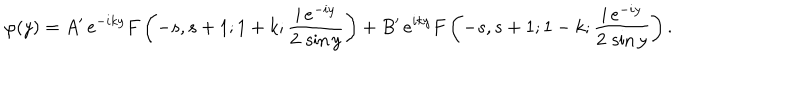
\varphi ( y ) = A ^ { \prime } \, e ^ { - i k y } F \left( - s , s + 1 ; 1 + k ; \frac { i \, e ^ { - i y } } { 2 \, \sin y } \right) + B ^ { \prime } \, e ^ { i k y } F \left( - s , s + 1 ; 1 - k ; \frac { i \, e ^ { - i y } } { 2 \, \sin y } \right) .